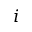
i